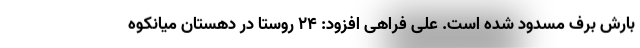
بارش برف مسدود شده است. علی فراهی افزود: ۲۴ روستا در دهستان میانکوه